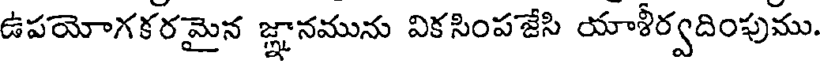
ఉపయోగకరమైన జ్ఞానమును వికసింపజేసి యాశీర్వదింపుము.